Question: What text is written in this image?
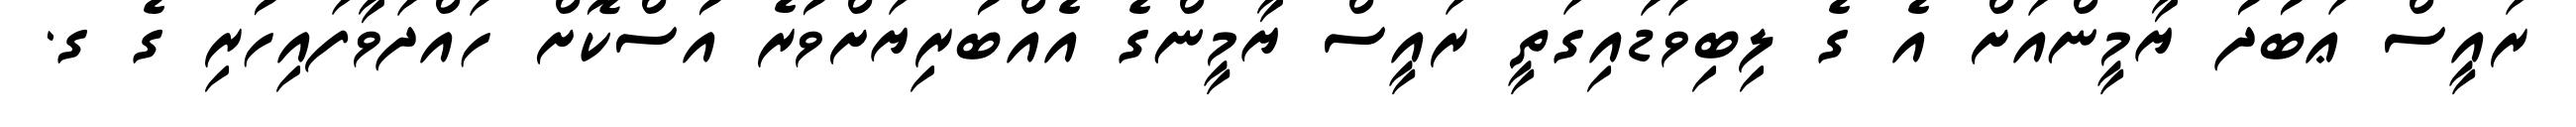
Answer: ރައީސް ޢަބުދު ޔާމީންއަށް އެ ގެ ލިބިވަޑައިގަތީ ރައީސް ޔާމީންގެ އެއްބުރިޔަށްވުރެ އުސްކޮށް ހައްދަވާފައިހުރި ގެ ގ.